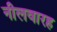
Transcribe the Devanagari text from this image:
नीलवारह